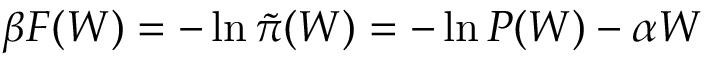
\beta F ( W ) = - \ln \tilde { \pi } ( W ) = - \ln P ( W ) - \alpha W